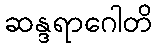
ဆန္ဒရာဂေါတိ